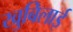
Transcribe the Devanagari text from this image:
खुबिलाई